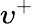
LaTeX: \upsilon^{+}